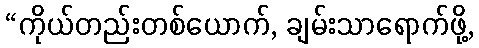
“ကိုယ်တည်းတစ်ယောက်, ချမ်းသာရောက်ဖို့,